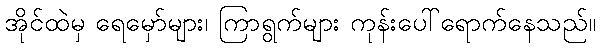
အိုင်ထဲမှ ရေမှော်များ၊ ကြာရွက်များ ကုန်းပေါ်ရောက်နေသည်။